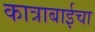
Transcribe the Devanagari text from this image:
कात्राबाईचा